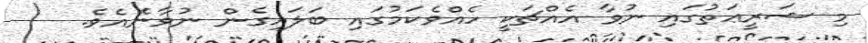
މި ޝަރީޢަތުގައި ނުވާ އެއްޗަކީ ހެއްވެކަމުގައި ބަލައިގެން ނުވާނެއެވެ.